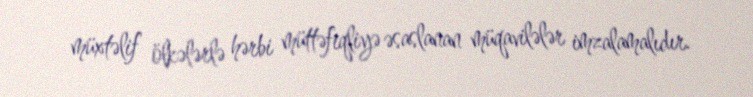
müxtəlif ölkələrlə hərbi müttəfiqliyə əsaslanan müqavilələr imzalamalıdır.